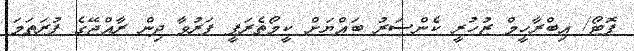
ފޮޓޯ/ އިބްރާހީމް ޒުހުރީ ކެންސަރު ބައްޔަށް ކީމޯތެރަޕީ ފަރުވާ ދިން ރާއްޖޭގެ ފުރަތަމަ